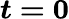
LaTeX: \boldsymbol{t=0}